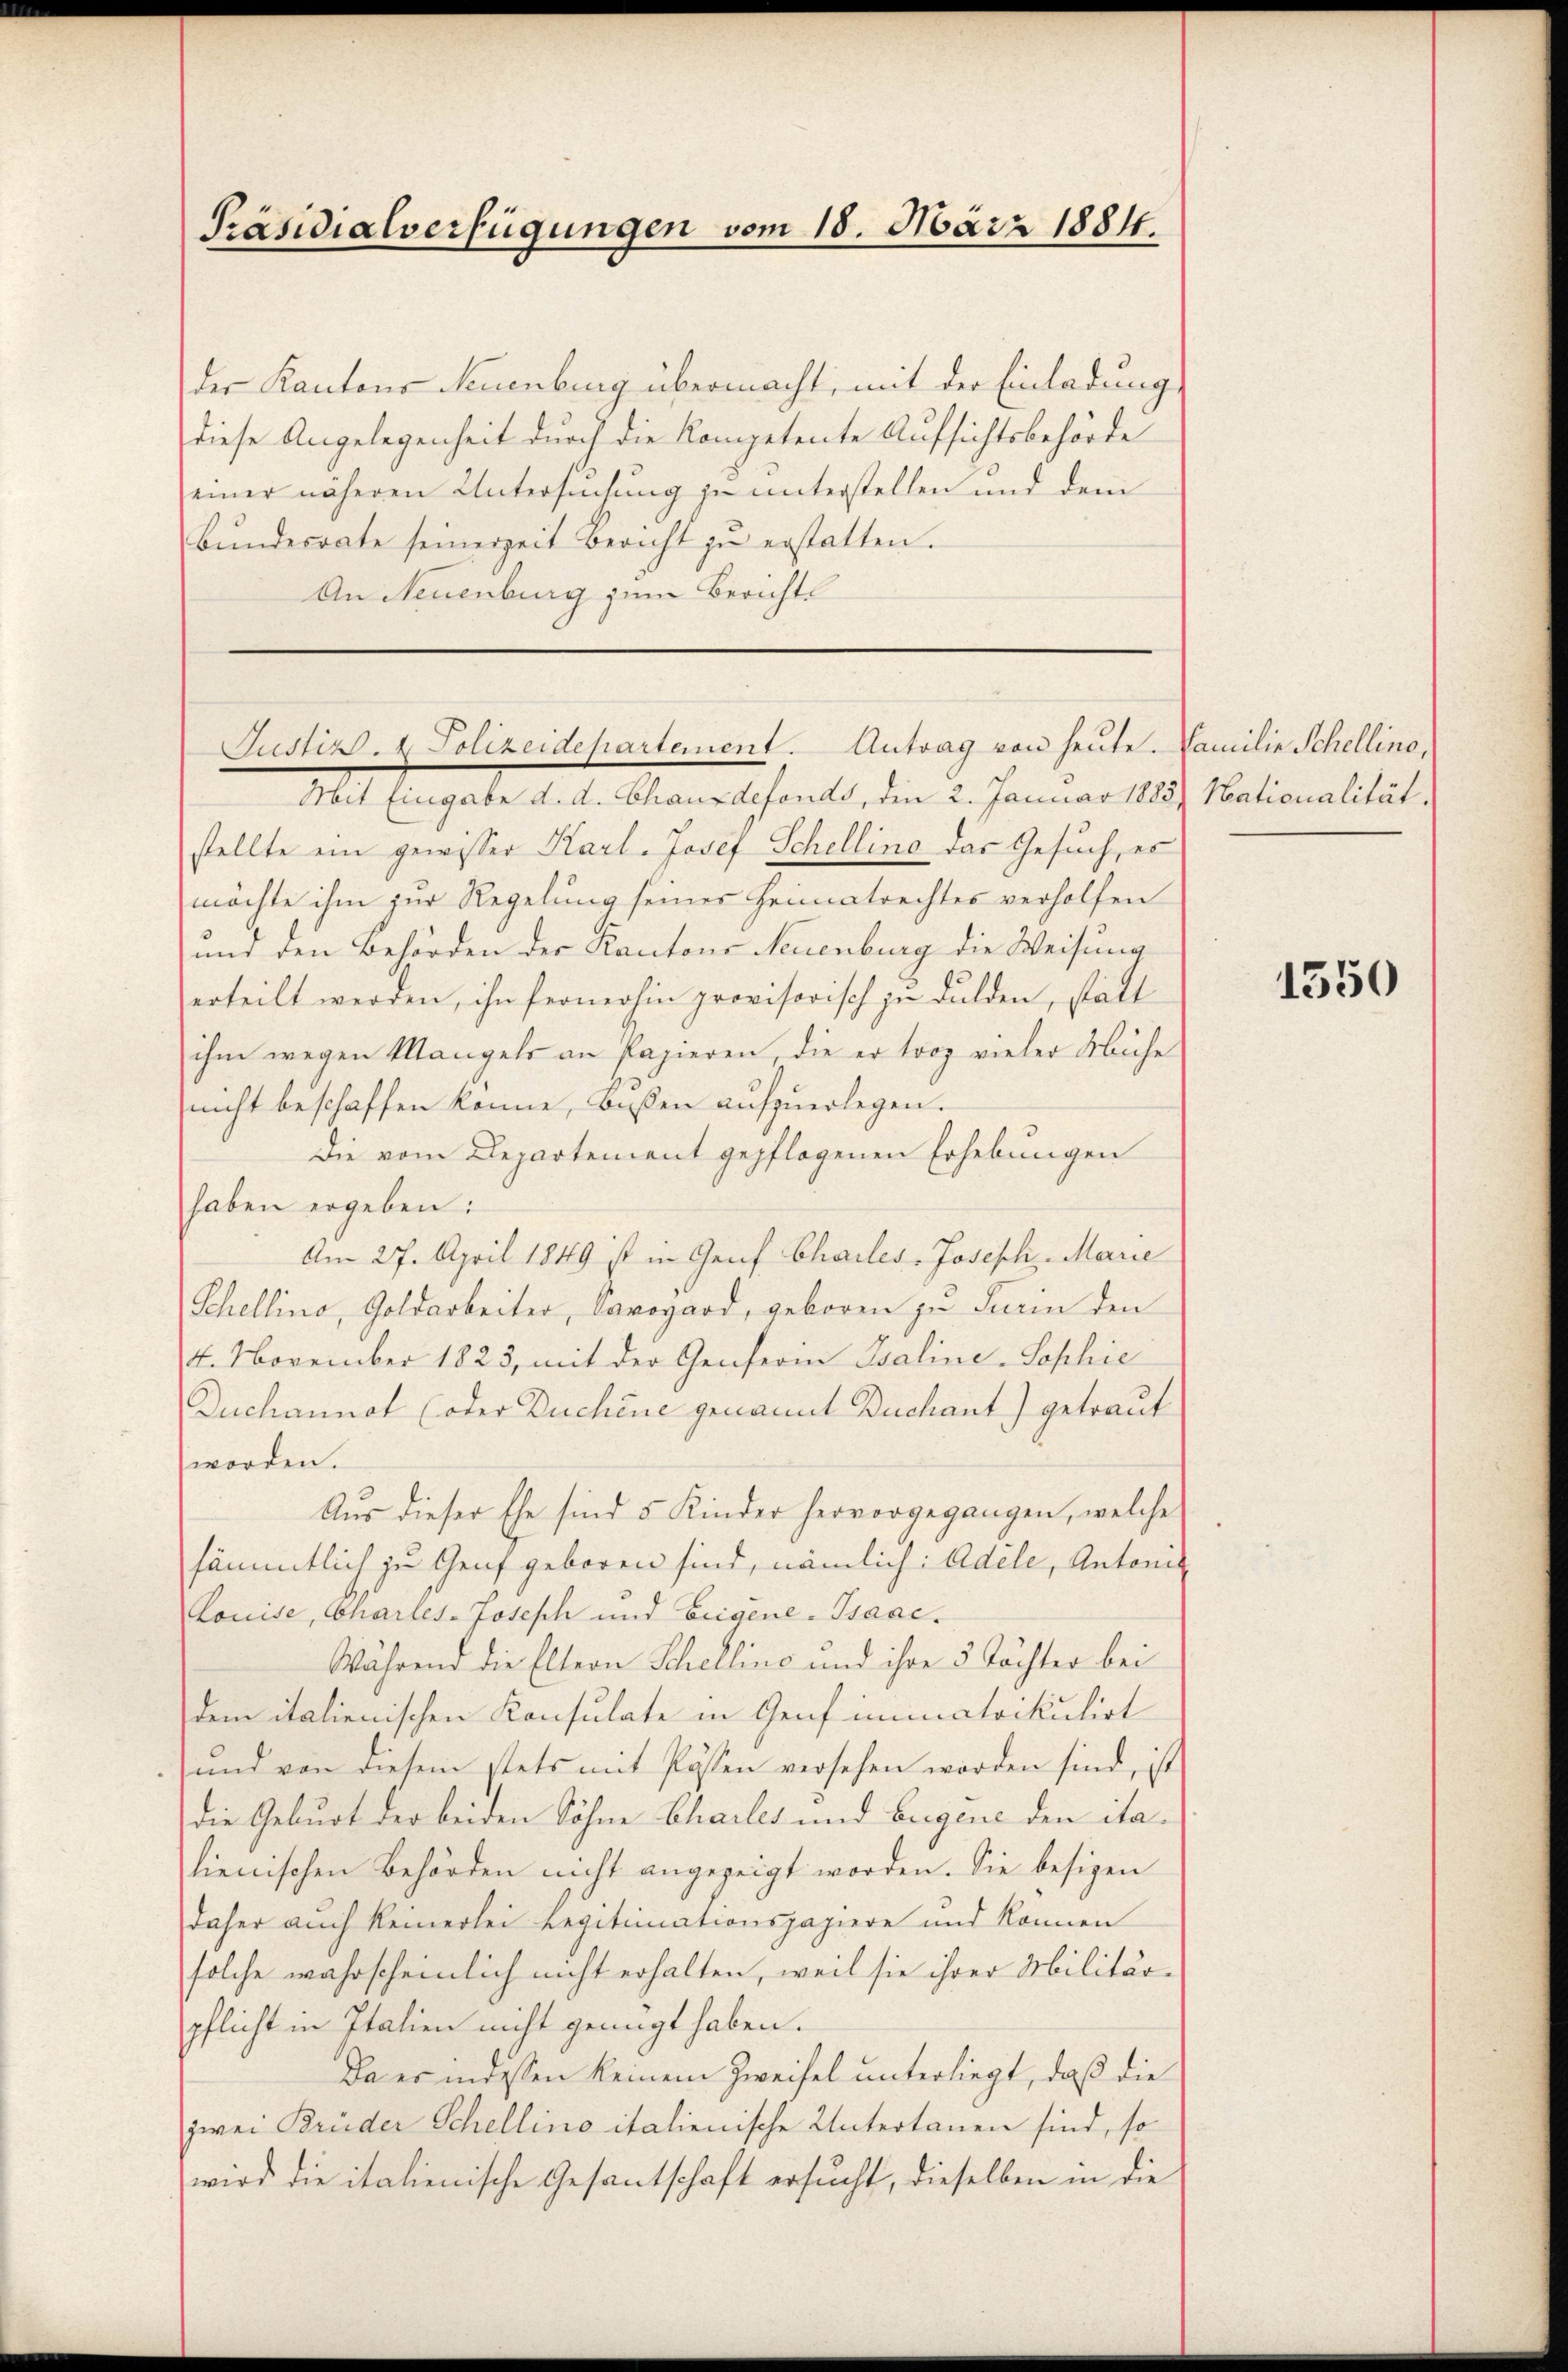
Präsidialverfügungen vom 18. März 1884.

der Kantons Neuenburg übermacht, mit der Einladung
diese Angelegenheit durch die Kompetente Aufsichtsbehörde
einer näheren Untersendung zu unterstellen und dem
Bŭndesrate seinerzeit Bericht zŭ erstatten.
An Neuenburg zum Berichts

Justiz- & Polizeidepartement. Antrag von heute. Familie Schellino,

Mit Eingabe d. d. Chauxdefonds, den 2. Januar 1883) Nationalität.
stellte ein gewisser Karl-Josef Schellino das Gesuch, es
möchte ihm zur Regelung seiner Heimatrechtes verholfen
und den Behörden der Kantons Neuenburg die Weisung
erteilt werden, ihn fernerhin provisorisch zu dulden, statt
ihm wegen Mangels an Papieren, die er troz vieler Mühe
nicht beschaffen könne, bessen aŭfzŭerlegen.
Die vom Departement gepflogenen Erhebungen
haben ergeben:
Am 27. April 1849 ist in Genf Chailes-Joseph Marie
Schellino, Goldarbeiter, Davogard, geboren zu Turin den
4. November 1823, mit der Genferin Isaline-Sophie
Duchannot (oder Duchine genannt Buchant) getraut
worden.
Aus dieser Ehe sind 5 Kinder hervorgegangen, welche
sämmtlich zu Genf geboren sind, nämlich: Adele, Antonis
Louise, Charles-Joseph und Eigene-Isaac.
Während die Eltern Schellino und ihre 3 Töchter bei
dem italienischen Konsulate in Genf immatrikulirt
und von diesem stets mit Posten versehen worden sind, ist
die Geburt der beiden Söhne Charles und bugene den italienischen Behörden nicht angezeigt worden. Sie besigen
daher auch keinerlei Legitimationspapiere und können
solche wahrscheinlich nicht erhalten, weil sie ihrer Militärpflicht in Italien nicht genügt haben.
Da es indessen keinem Zweifel unterliegt, daß die
zwei Brüder Schellino italienische Untertanen sind, so
wird die italienische Gesantschaft ersucht, dieselben in die

1550